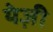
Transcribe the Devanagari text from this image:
येज़ी